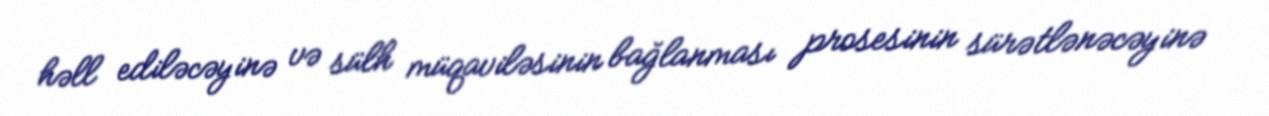
həll ediləcəyinə və sülh müqaviləsinin bağlanması prosesinin sürətlənəcəyinə